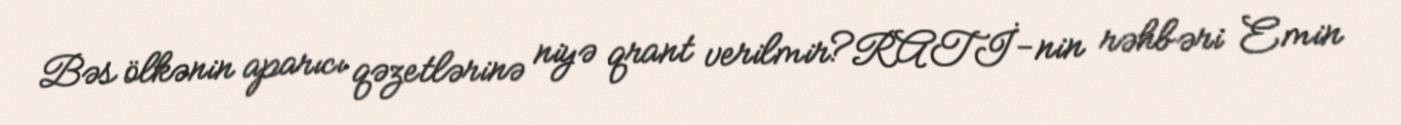
Bəs ölkənin aparıcı qəzetlərinə niyə qrant verilmir?RATİ-nin rəhbəri Emin